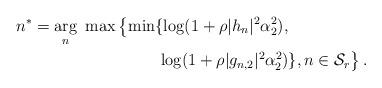
LaTeX: \begin{align*}n^*=\underset{n}{\arg}~\max & \left\{ \min \{\log(1+\rho|h_n|^2\alpha_2^2),\right. \\ &\left.~~~~~~~\log(1+\rho|g_{n,2}|^2\alpha_2^2)\}, n \in\mathcal{S}_r\right\}.\end{align*}